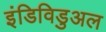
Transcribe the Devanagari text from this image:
इंडिविडुअल